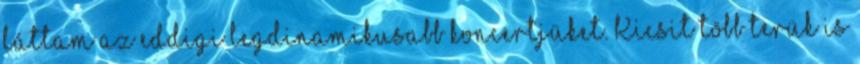
láttam az eddigi legdinamikusabb koncertjüket. Kicsit több terük is